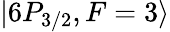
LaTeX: \lvert 6P_{3/2},F=3\rangle